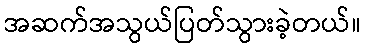
အဆက်အသွယ်ပြတ်သွားခဲ့တယ်။